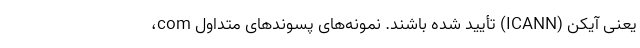
یعنی آیکن (ICANN) تأیید شده باشند. نمونه‌های پسوندهای متداول com،